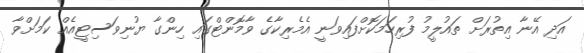
އަދި އޭނާ އިތުރަށް ތައުލީމު ފުރިހަމަކޮށްފައިވަނީ އެމެރިކާގެ ވާމޮންޓްގައި ހިންގާ ޔުނިވަސިޓީއެއް ކަމަށްވާ